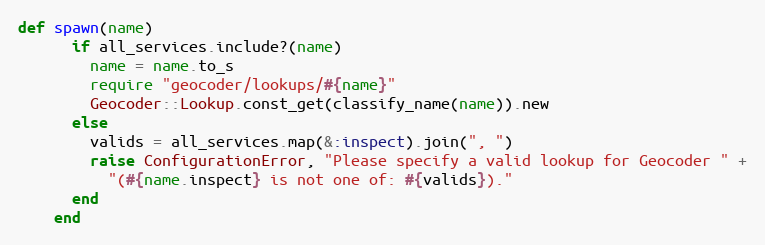
Language: Ruby
def spawn(name)
      if all_services.include?(name)
        name = name.to_s
        require "geocoder/lookups/#{name}"
        Geocoder::Lookup.const_get(classify_name(name)).new
      else
        valids = all_services.map(&:inspect).join(", ")
        raise ConfigurationError, "Please specify a valid lookup for Geocoder " +
          "(#{name.inspect} is not one of: #{valids})."
      end
    end